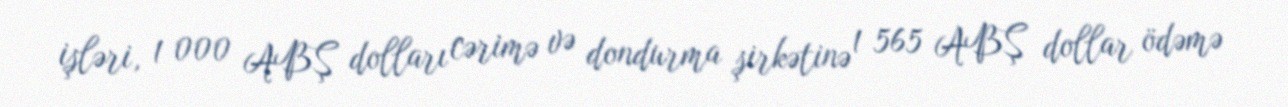
işləri, 1 000 ABŞ dolları cərimə və dondurma şirkətinə 1 565 ABŞ dollar ödəmə